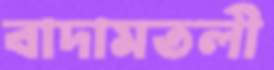
বাদামতলী